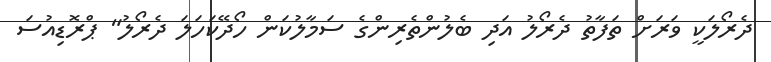
ދެރޯލަކީ ވަރަށް ތަފާތު ދެރޯލު އަދި ބެލުންތެރިންގެ ސަމާލުކަން ހޯދޭކަހަލަ ދެރޯލު" ޕްރޮޑިއުސަ